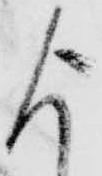
よ